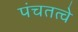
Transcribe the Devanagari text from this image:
पंचतत्वे